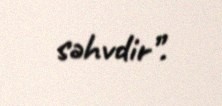
səhvdir”.